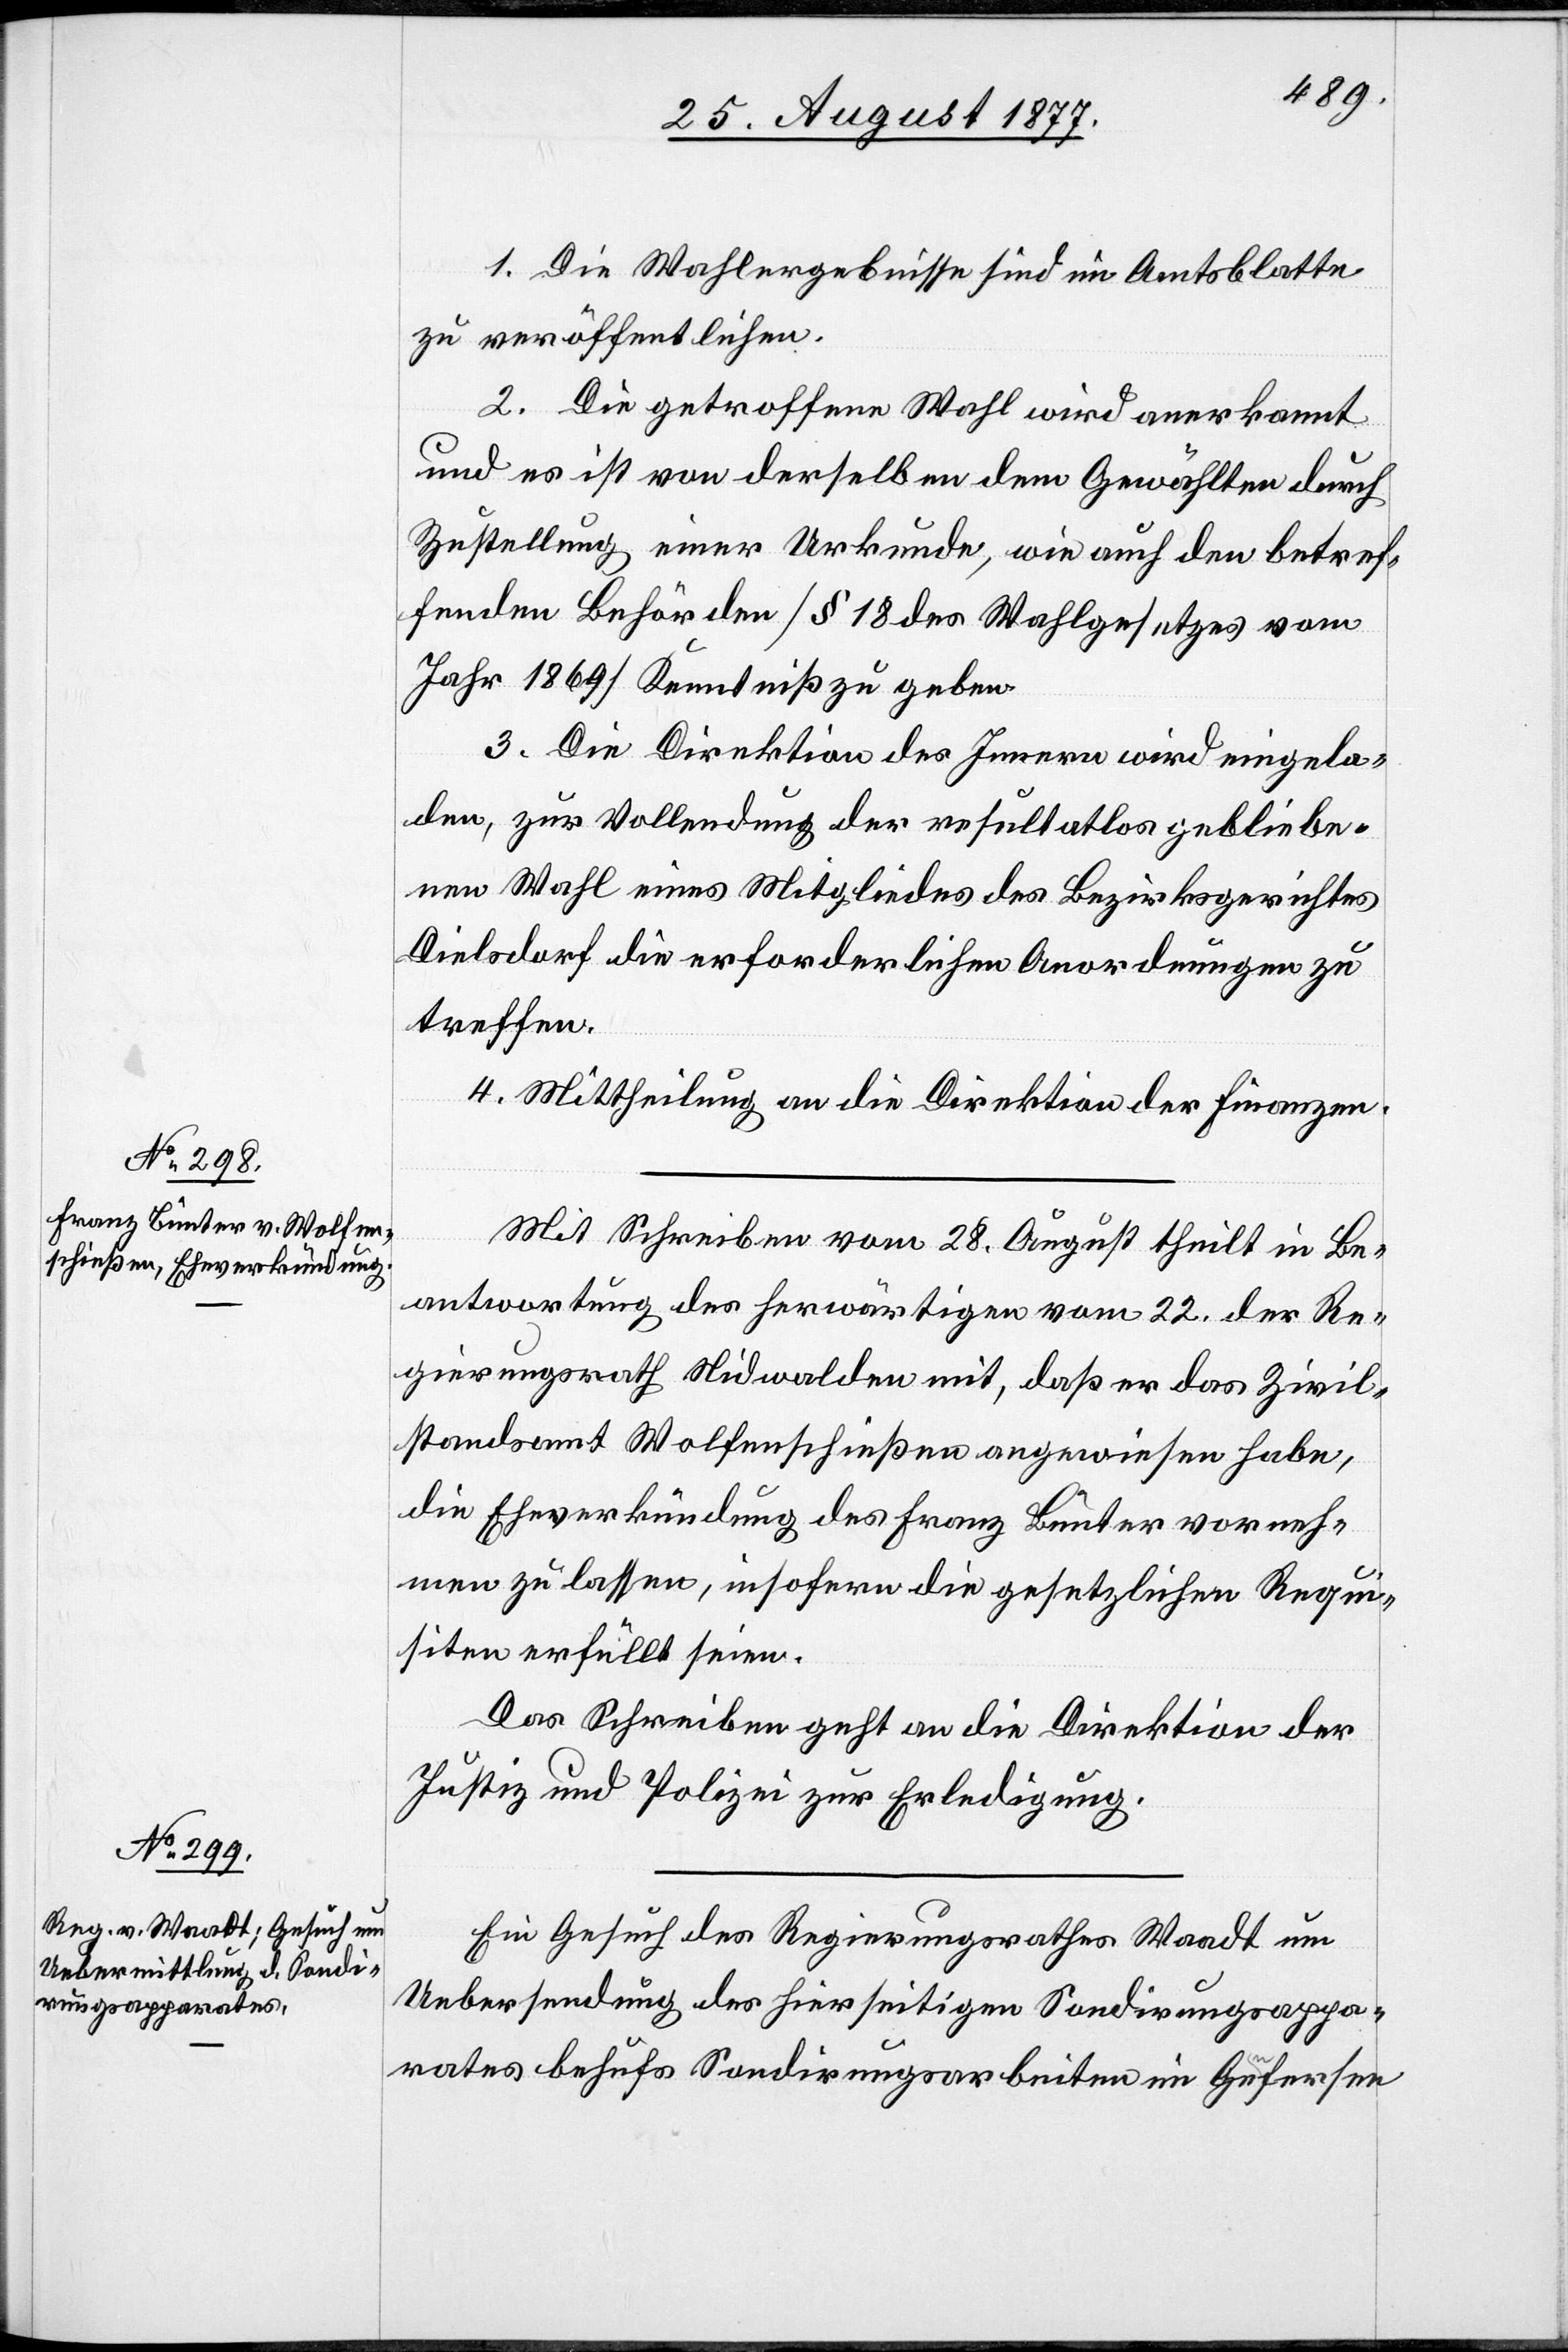
30. August 1877.]
1. Die Wahlergebnisse sind im Amtsblatte
zu veröffentlichen.
2. Die getroffene Wahl wird anerkannt
und es ist von derselben dem Gewählten durch
Zustellung einer Urkunde, wie auch den betref¬
fenden Behörden [§ 18 des Wahlgesetzes vom
Jahr 1869] Kenntniß zu geben.
3. Die Direktion des Innern wird eingela¬
den, zur Vollendung der resultatlos gebliebe¬
nen Wahl eines Mitgliedes des Bezirksgerichtes
Dielsdorf die erforderlichen Anordnungen zu
treffen.
4. Mittheilung an die Direktion der Finanzen.
Mit Schreiben vom 28. August theilt in Be¬
antwortung des herwärtigen vom 22. der Re¬
gierungsrath Nidwalden mit, daß er das Zivil¬
standsamt Wolfenschießen angewiesen habe,
die Eheverkündung des Franz Bünter vorneh¬
men zu lassen, insofern die gesetzlichen Requi¬
siten erfüllt seien.
Das Schreiben geht an die Direktion der
Justiz und Polizei zur Erledigung.
Ein Gesuch des Regierungsrathes Waadt um
Uebersendung des hierseitigen Sondirungsappa¬
rates behufs Sondirungsarbeiten im Gea-n-afersee